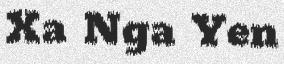
Xa Nga Yen